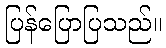
ပြန်ပြောပြသည်။